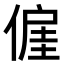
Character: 𬿍